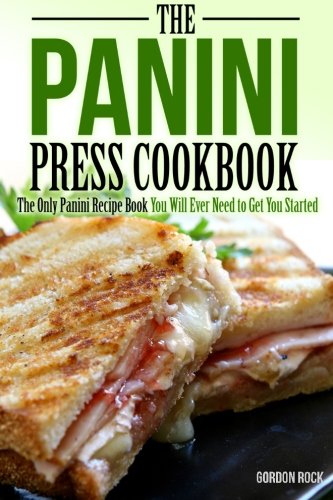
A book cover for The Panini Press Cookbook: The Only Panini Recipe Book You Will Ever Need to Get You Started; Gordon Rock; Cookbooks, Food & Wine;